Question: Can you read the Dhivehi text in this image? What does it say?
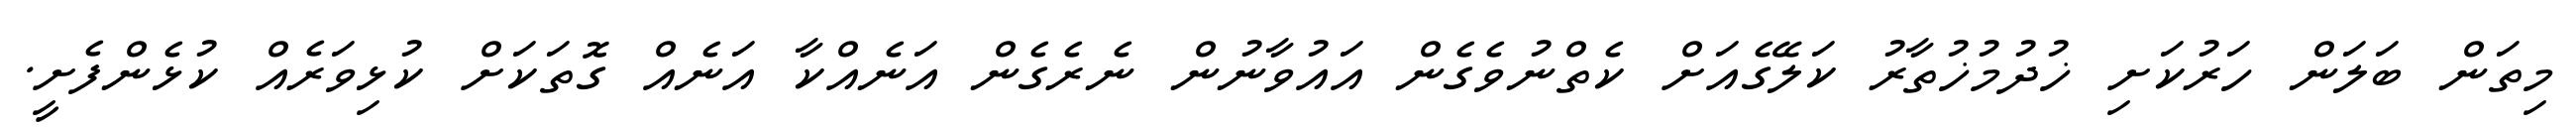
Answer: މިތަން ބަލަން ހަރުކަށި ޚުދުމުޚުތާރު ކަލޭގެއަށް ކެތްނުވެގެން އައުވާނުން ނެރެގެން އަނެއްކާ އަނެއް ގޮތަކަށް ކުޅިވަރެއް ކުޅެންފެށީ.